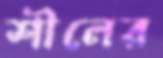
শীলের